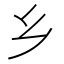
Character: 乡